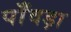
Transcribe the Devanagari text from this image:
पाँवड़ा